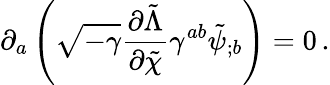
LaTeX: \partial_{a}\left(\sqrt{-\gamma}\frac{\partial{\tilde{\Lambda}}}{\partial{\tilde{\chi}}}\gamma^{ab}{\tilde{\psi}}_{;b}\right)=0\, .